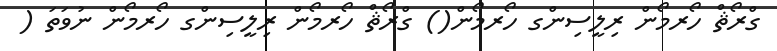
ގްރޯޘް ހޯރމޯން ރިލީސިންގ ހޯރމޯން() ގްރޯޘް ހޯރމޯން ރިލީސިންގ ހޯރމޯން ނުވަތަ (